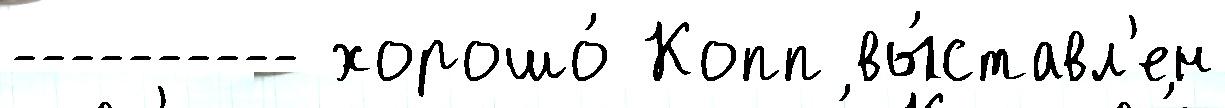
---------- хорошо́ Копп вы́ставл'ен